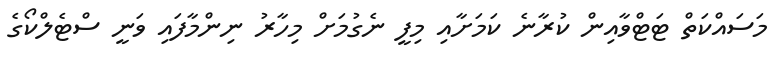
މަސައްކަތް ޓަޓްވާއިން ކުރާނެ ކަމަށާއި މިފީ ނެގުމަށް މިހާރު ނިންމާފައި ވަނީ ސްޓެލްކޯގެ